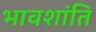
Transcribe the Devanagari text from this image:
भावशांति